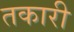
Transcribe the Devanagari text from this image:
तकारी